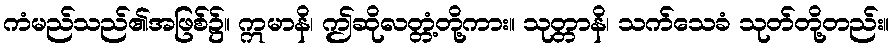
ကံမည်သည်၏အဖြစ်၌။ ဣမာနိ၊ ဤဆိုလတ္တံ့တို့ကား။ သုတ္တာနိ၊ သက်သေခံ သုတ်တို့တည်း။